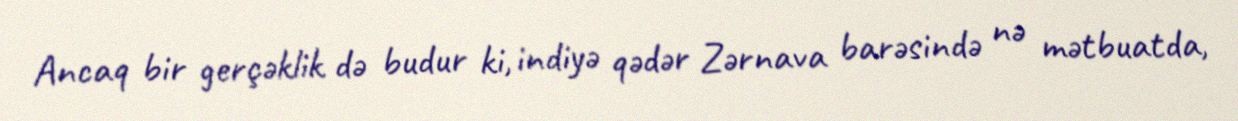
Ancaq bir gerçəklik də budur ki, indiyə qədər Zərnava barəsində nə mətbuatda,